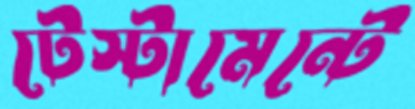
টেস্টামেন্টে